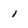
Character: 1